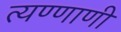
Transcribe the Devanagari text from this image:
त्यण्णाणी